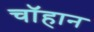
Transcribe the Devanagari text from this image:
चॉहान